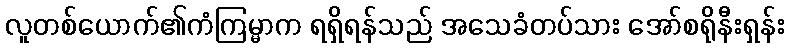
လူတစ်ယောက်၏ကံကြမ္မာက ရရှိရန်သည် အသေခံတပ်သား အော်စရိုနီးရှန်း